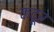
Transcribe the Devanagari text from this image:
कदूर